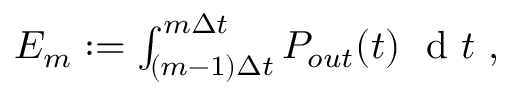
\begin{array} { r } { E _ { m } : = \int _ { ( m - 1 ) \Delta t } ^ { m \Delta t } P _ { o u t } ( t ) \ \textnormal { d } t \ , } \end{array}